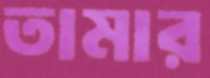
তামার